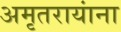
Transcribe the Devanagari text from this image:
अमृतरायांना